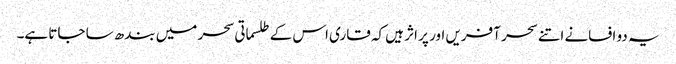
یہ دو افسانے اتنے سحر آفریں اور پر اثر ہیں کہ قاری اس کے طلسماتی سحر میں بندھ سا جاتا ہے۔